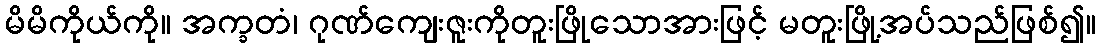
မိမိကိုယ်ကို။ အက္ခတံ၊ ဂုဏ်ကျေးဇူးကိုတူးဖြိုသောအားဖြင့် မတူးဖြို့အပ်သည်ဖြစ်၍။